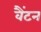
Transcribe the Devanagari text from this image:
वैंटन